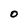
Character: O